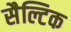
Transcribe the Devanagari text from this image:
सैल्टिक